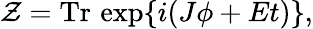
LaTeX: \mathcal{Z}=\mathrm{{Tr}}\, \exp\{ i(J\phi+Et)\} ,